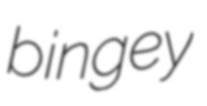
bingey